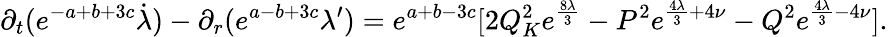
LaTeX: \partial_{t}(e^{-a+b+3c}\dot{\lambda})-\partial_{r}(e^{a-b+3c}\lambda^{\prime})=e^{a+b-3c}[2Q_{K}^{2}e^{\frac{8\lambda}{3}}-P^{2}e^{\frac{4\lambda}{3}+4\nu}-Q^{2}e^{\frac{4\lambda}{3}-4\nu}].